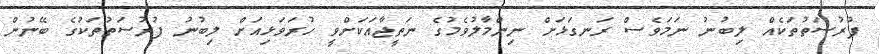
ފުރުސަތުތަކެއް ލިބުނު ނަމަވެސް ރަނގަޅަށް ނިންމާލުވެމުގެ ނަތީޖާއަކަށްވީ ހުރަވަޅިއަށް ލިބުނު ފުރުސަތުތަކުގެ ބޭނުން